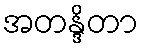
အတန္ဒိတာ